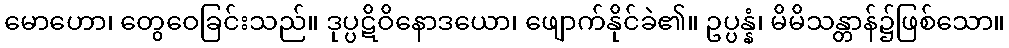
မောဟော၊ တွေဝေခြင်းသည်။ ဒုပ္ပဋိဝိနောဒယော၊ ဖျောက်နိုင်ခဲ၏။ ဥပ္ပန္နံ၊ မိမိသန္တာန်၌ဖြစ်သော။